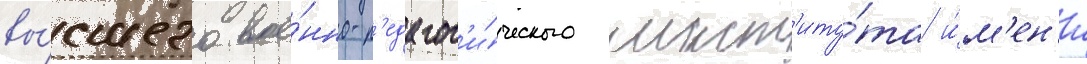
вы́сшего вое́нно-п'едагог'и́ческого инст'иту́та и́м'ен'и